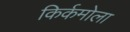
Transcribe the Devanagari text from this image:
किर्कमोला